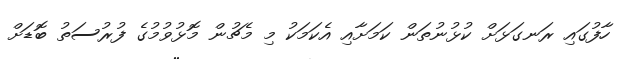
ހާފުގައި ރަނގަޅަށް ކުޅުނުތަން ކަމަށާއި އެކަމަކު މި މެޗުން މޮޅުވުމުގެ ފުރުސަތު ބޮޑަށް